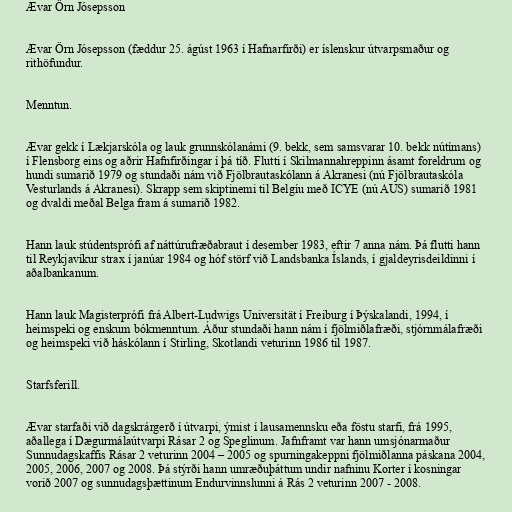
Ævar Örn Jósepsson

Ævar Örn Jósepsson (fæddur 25. ágúst 1963 í Hafnarfirði) er íslenskur útvarpsmaður og
rithöfundur.

Menntun.

Ævar gekk í Lækjarskóla og lauk grunnskólanámi (9. bekk, sem samsvarar 10. bekk nútímans)
í Flensborg eins og aðrir Hafnfirðingar í þá tíð. Flutti í Skilmannahreppinn ásamt foreldrum og
hundi sumarið 1979 og stundaði nám við Fjölbrautaskólann á Akranesi (nú Fjölbrautaskóla
Vesturlands á Akranesi). Skrapp sem skiptinemi til Belgíu með ICYE (nú AUS) sumarið 1981
og dvaldi meðal Belga fram á sumarið 1982.

Hann lauk stúdentsprófi af náttúrufræðabraut í desember 1983, eftir 7 anna nám. Þá flutti hann
til Reykjavíkur strax í janúar 1984 og hóf störf við Landsbanka Íslands, í gjaldeyrisdeildinni í
aðalbankanum.

Hann lauk Magisterprófi frá Albert-Ludwigs Universität í Freiburg í Þýskalandi, 1994, í
heimspeki og enskum bókmenntum. Áður stundaði hann nám í fjölmiðlafræði, stjórnmálafræði
og heimspeki við háskólann í Stirling, Skotlandi veturinn 1986 til 1987.

Starfsferill.

Ævar starfaði við dagskrárgerð í útvarpi, ýmist í lausamennsku eða föstu starfi, frá 1995,
aðallega í Dægurmálaútvarpi Rásar 2 og Speglinum. Jafnframt var hann umsjónarmaður
Sunnudagskaffis Rásar 2 veturinn 2004 – 2005 og spurningakeppni fjölmiðlanna páskana 2004,
2005, 2006, 2007 og 2008. Þá stýrði hann umræðuþáttum undir nafninu Korter í kosningar
vorið 2007 og sunnudagsþættinum Endurvinnslunni á Rás 2 veturinn 2007 - 2008.